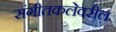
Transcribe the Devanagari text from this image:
संगीतकलेवरील